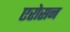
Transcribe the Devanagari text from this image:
एरोसन